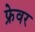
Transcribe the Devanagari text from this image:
फ्रेवर